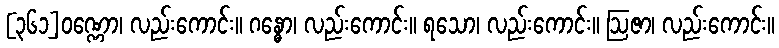
[၃၆၁]ဝဏ္ဏော၊ လည်းကောင်း။ ဂန္ဓော၊ လည်းကောင်း။ ရသော၊ လည်းကောင်း။ ဩဇာ၊ လည်းကောင်း။